Senior Leaving Certificate Examination (including Day School Certificate (Higher) General paper), 1950
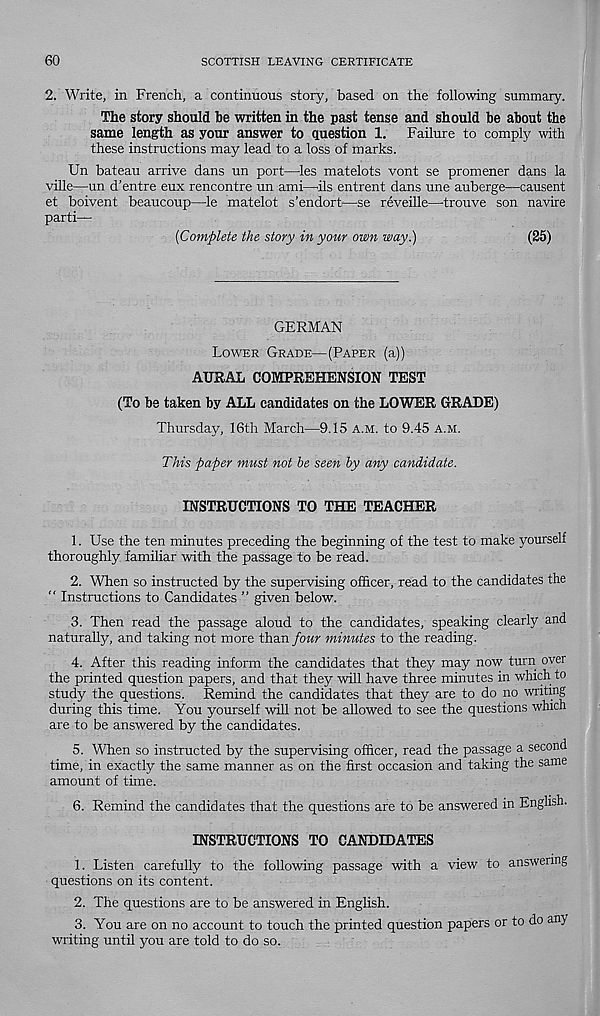
60
SCOTTISH LEAVING CERTIFICATE
2. Write, in French, a continuous story, based on the following summary.
The story should be written in the past tense and should be about the
same length as your answer to question 1. Failure to comply with
these instructions may lead to a loss of marks.
Un bateau arrive dans un port—les matelots vont se promener dans la
ville—un d’entre eux rencontre un ami—ils entrent dans une auberge—causent
et boivent beaucoup—le matelot s’endort—se reveille—-trouve son navire
parti—
{Complete the story in your own way.)
(25)
GERMAN
Lower Grade—(Paper (a))
AURAL COMPREHENSION TEST
(To be taken by ALL candidates on the LOWER GRADE)
Thursday, 16th March—9.15 a.m. to 9.45 a.m.
This paper must not be seen by any candidate.
INSTRUCTIONS TO THE TEACHER
1. Use the ten minutes preceding the beginning of the test to make yourself
thoroughly familiar with the passage to be read.
2. When so instructed by the supervising officer, read to the candidates the
“ Instructions to Candidates ” given below.
3. Then read the passage aloud to the candidates, speaking clearly and
naturally, and taking not more than four minutes to the reading.
4. After this reading inform the candidates that they may now turn over
the printed question papers, and that they will have three minutes in which to
study the questions. Remind the candidates that they are to do no writing
during this time. You yourself will not be allowed to see the questions which
are to be answered by the candidates.
5. When so instructed by the supervising officer, read the passage a second
time, in exactly the same manner as on the first occasion and taking the same
amount of time.
6. Remind the candidates that the questions are to be answered in English.
INSTRUCTIONS TO CANDIDATES
1. Listen carefully to the following passage with a view to answering
questions on its content.
2. The questions are to be answered in English.
3. You are on no account to touch the printed question papers or to do any
writing until you are told to do so.